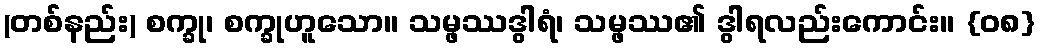
(တစ်နည်း) စက္ခု၊ စက္ခုဟူသော။ သမ္ဖဿဒွါရံ၊ သမ္ဖဿ၏ ဒွါရလည်းကောင်း။ {၀၈}